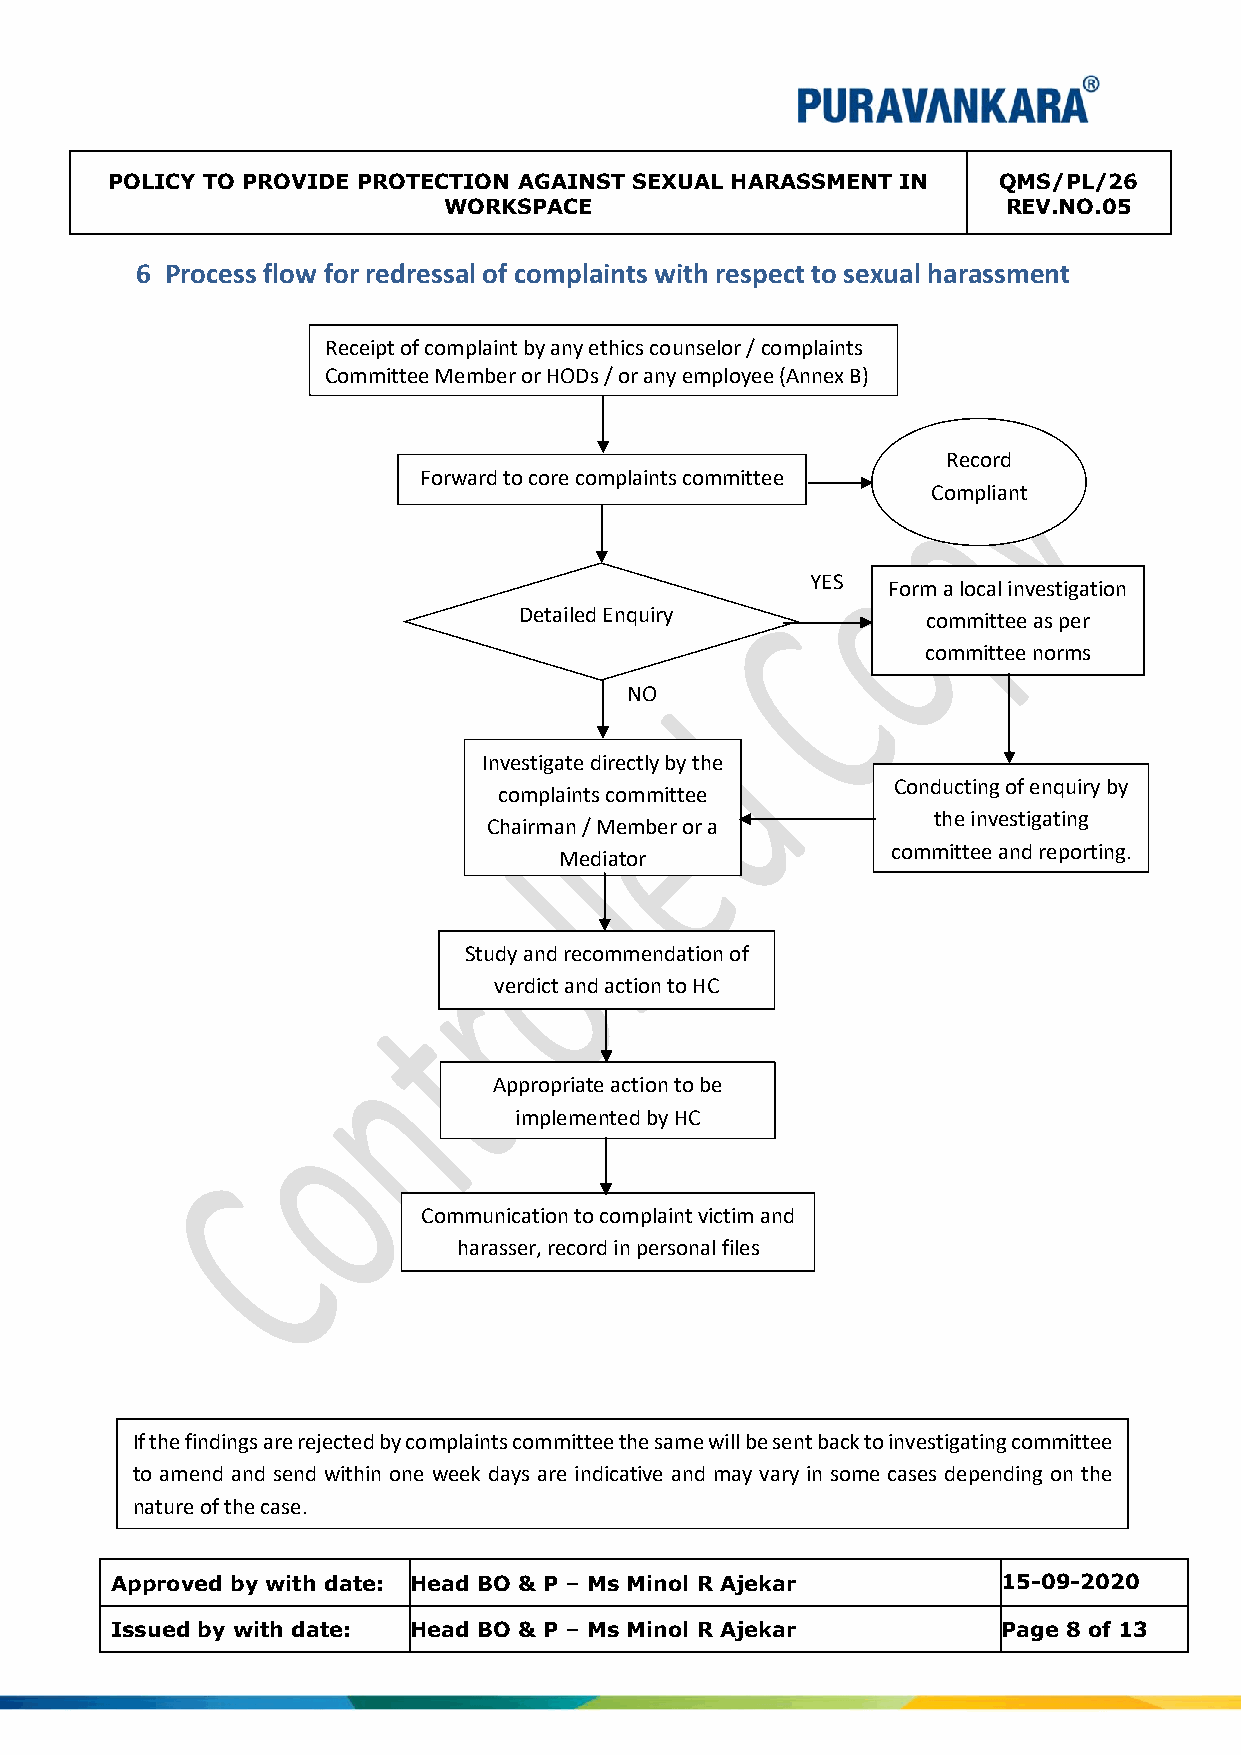
POLICY TO PROVIDE PROTECTION AGAINST SEXUAL HARASSMENT IN  QMS/PL/26
 WORKSPACE                             REV.NO.05
 6 Process flow for redressal of complaints with respect to sexual harassment
 Receipt of complaint by any ethics counselor / complaints
 Committee Member or HODs / or any employee (Annex B)
 Record
 Forward to core complaints committee
 Compliant
 YES  F o r m a local investigation
 Detailed Enquiry           committee as per
 committee norms
 NO
 Investigate directly by the
 Conducting of enquiry by
 complaints committee
 the investigating
 Chairman / Member or a
 committee and reporting.
 Mediator
 Study and recommendation of
 verdict and action to HC
 Appropriate action to be
 implemented by HC
 Communication to complaint victim and
 h a r a s s e r , r e c o r d i n p e r s o n a l f i l e s
 If the findings are rejected by complaints committee the same will be sent back to investigating committee
 to amend and se nd within one week days are indicative and may vary in some cases depending on the
 nature of the case.
 Approved by with date: Head BO & P – Ms Minol R Ajekar     15-09-2020
 Issued by with date: Head BO & P – Ms Minol R Ajekar       Page 8 of 13